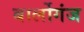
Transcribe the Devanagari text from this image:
बार्लोगंज